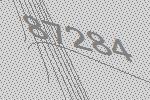
87284